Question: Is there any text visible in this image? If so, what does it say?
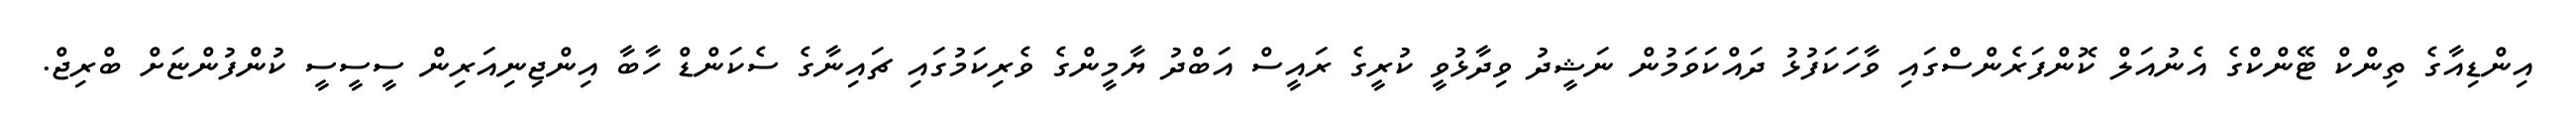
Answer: އިންޑިއާގެ ތިންކް ޓޭންކްގެ އެނުއަލް ކޮންފަރެންސްގައި ވާހަކަފުޅު ދައްކަވަމުން ނަޝީދު ވިދާޅުވީ ކުރީގެ ރައީސް އަބްދު ޔާމީންގެ ވެރިކަމުގައި ޗައިނާގެ ސެކަންޑް ހާބާ އިންޖިނިއަރިން ސީސީސީ ކުންފުންޏަށް ބްރިޖް.